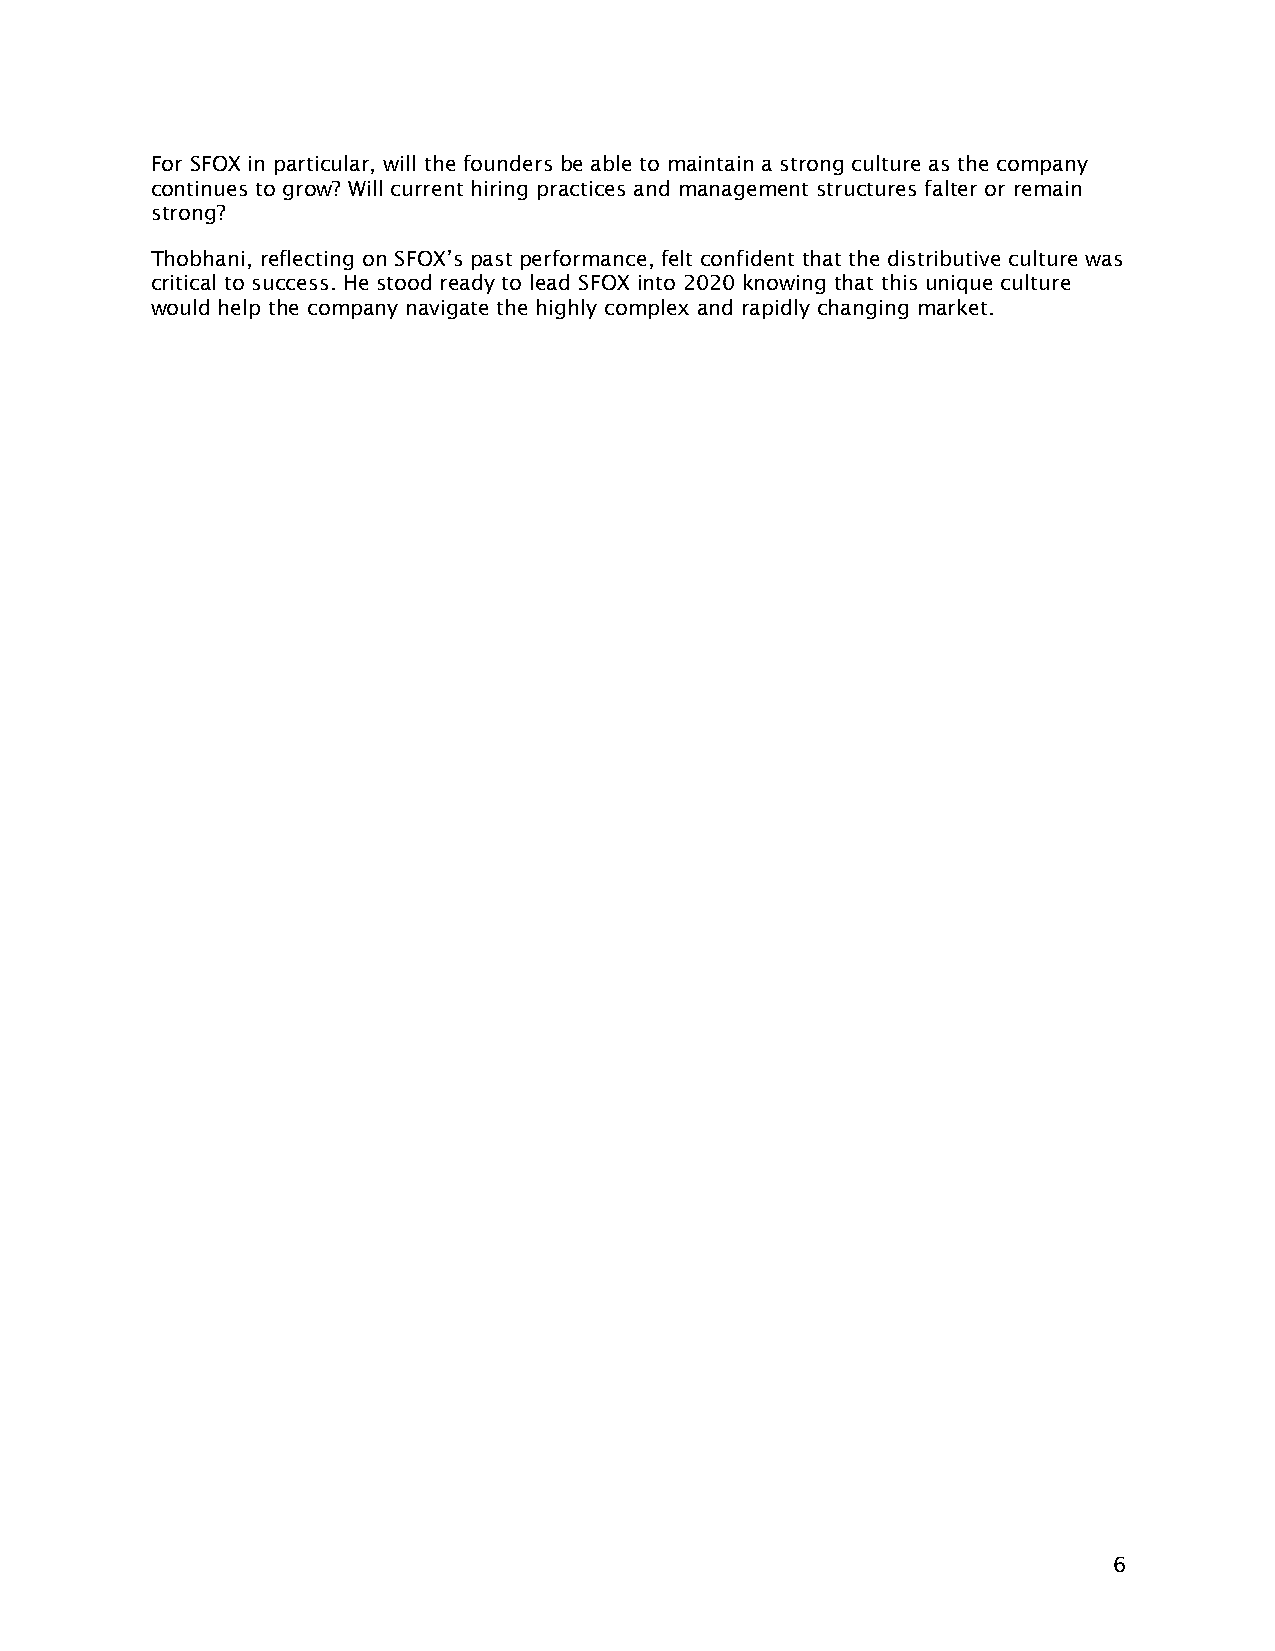
For SFOX in particular, will the founders be able to maintain a strong culture as the company
 continues to grow? Will current hiring practices and management structures falter or remain
 strong?
 Thobhani, reflecting on SFOX’s past performance, felt confident that the distributive culture was
 critical to success. He stood ready to lead SFOX into 2020 knowing that this unique culture
 would help the company navigate the highly complex and rapidly changing market.
 6